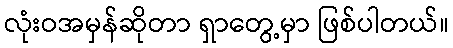
လုံးဝအမှန်ဆိုတာ ရှာတွေ့မှာ ဖြစ်ပါတယ်။